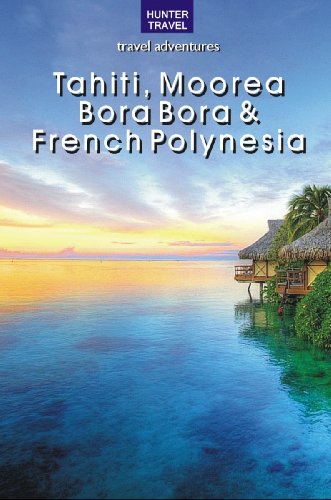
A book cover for Tahiti, Moorea, Bora Bora & French Polynesia (Travel Adventures); Thomas Booth; Travel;